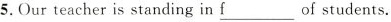
5.Our teacher is standing in fo \underline{f} of students.